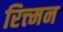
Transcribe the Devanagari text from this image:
रित्त्मन